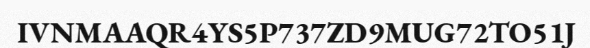
IVNMAAQR4YS5P737ZD9MUG72TO51J